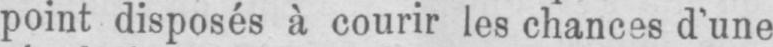
point disposés à courir les chances d’une